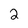
Character: 2